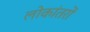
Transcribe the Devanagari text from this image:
लोकांतरों